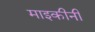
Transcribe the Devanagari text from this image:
माइकीनी